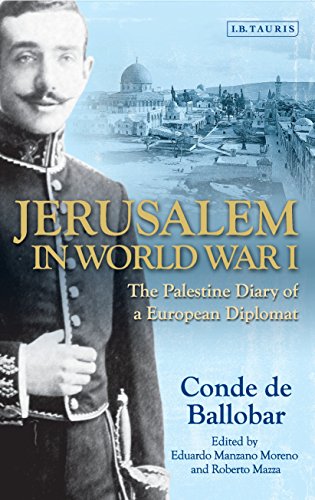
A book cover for Jerusalem in World War I; Conde de Ballobar; Literature & Fiction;